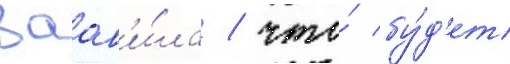
заав'и́ла / что́ бу́д'ет